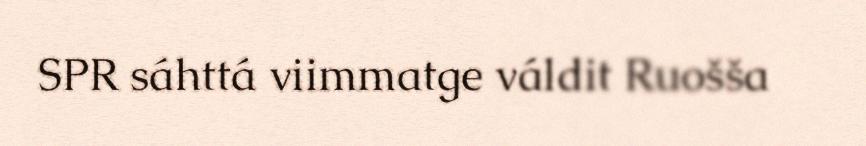
SPR sáhttá viimmatge váldit Ruošša